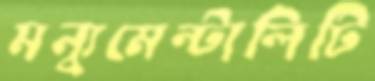
মন্যুমেন্টালিটি